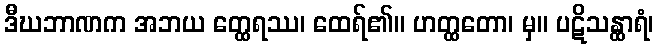
ဒီဃဘာဏက အဘယ တ္ထေရဿ၊ ထေရ်၏။ ဟတ္ထတော၊ မှ။ ပဋိသန္ထာရံ၊